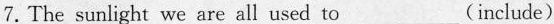
7.The sunlight we are all used to___(include)